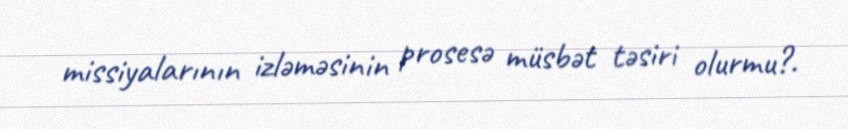
missiyalarının izləməsinin prosesə müsbət təsiri olurmu?.